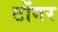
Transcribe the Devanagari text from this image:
टोंगर